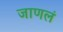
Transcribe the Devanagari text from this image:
जाणलं